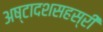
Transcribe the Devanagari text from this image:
अष्टादशसहस्री